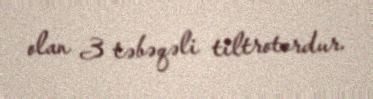
olan 3 təbəqəli tiltrotordur.